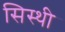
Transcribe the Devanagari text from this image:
सिस्थी